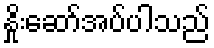
နှိုးဆော်အပ်ပါသည်